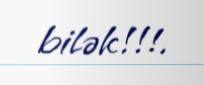
bilək!!!.